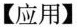
【应用】